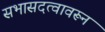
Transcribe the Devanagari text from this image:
सभासदत्वावरून